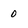
Character: 0